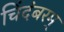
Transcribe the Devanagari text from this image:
चिंदंबरम्